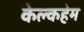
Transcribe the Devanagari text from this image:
केल्कहेम